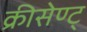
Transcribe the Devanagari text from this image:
क्रीसेण्ट्